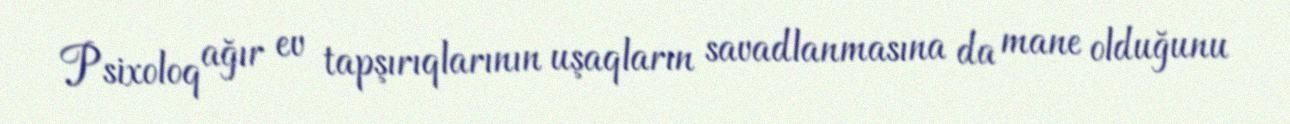
Psixoloq ağır ev tapşırıqlarının uşaqların savadlanmasına da mane olduğunu